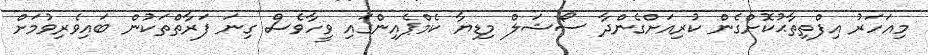
މިއަހަރު އިފްތިތާޙުކޮށްގެން ކުރިއަށްގެންދާ ސޯޝަލް މިޑިޔާ ކެމްޕެއިންގައި ވީހާވެސް ގިނަ ފަރާތްތަކުން ބައިވެރިވުމަށް